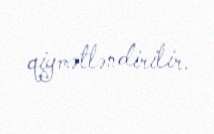
qiymətləndirilir.